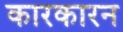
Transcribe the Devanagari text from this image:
कारकारन